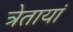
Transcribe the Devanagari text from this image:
त्रेतायां